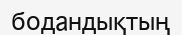
бодандықтың